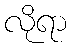
လိုရာ